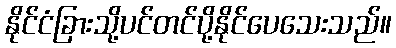
နိုင်ငံခြားသို့ပင်တင်ပို့နိုင်ပေသေးသည်။